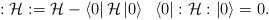
\begin{align*}:{\cal {H}}:={\cal {H}}-\left< 0\right| {\cal {H}}\left| 0\right> \; \; \left< 0\right| :{\cal {H}}:\left| 0\right> =0.\end{align*}